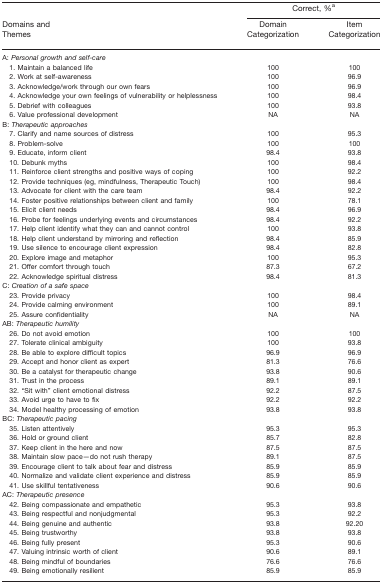
<table><thead><tr><td></td><td colspan="2"><b>Correct, %a</b></td></tr><tr><td><b>Domains and Themes</b></td><td><b>Domain Categorization</b></td><td><b>Item Categorization</b></td></tr></thead><tbody><tr><td>A: <i>Personal growth and self-care</i></td><td></td><td></td></tr><tr><td> 1. Maintain a balanced life</td><td>100</td><td>100</td></tr><tr><td> 2. Work at self-awareness</td><td>100</td><td>96.9</td></tr><tr><td> 3. Acknowledge/work through our own fears</td><td>100</td><td>96.9</td></tr><tr><td> 4. Acknowledge your own feelings of vulnerability or helplessness</td><td>100</td><td>98.4</td></tr><tr><td> 5. Debrief with colleagues</td><td>100</td><td>93.8</td></tr><tr><td> 6. Value professional development</td><td>NA</td><td>NA</td></tr><tr><td>B: <i>Therapeutic approaches</i></td><td></td><td></td></tr><tr><td> 7. Clarify and name sources of distress</td><td>100</td><td>95.3</td></tr><tr><td> 8. Problem-solve</td><td>100</td><td>100</td></tr><tr><td> 9. Educate, inform client</td><td>98.4</td><td>93.8</td></tr><tr><td> 10. Debunk myths</td><td>100</td><td>98.4</td></tr><tr><td> 11. Reinforce client strengths and positive ways of coping</td><td>100</td><td>92.2</td></tr><tr><td> 12. Provide techniques (eg, mindfulness, Therapeutic Touch)</td><td>100</td><td>98.4</td></tr><tr><td> 13. Advocate for client with the care team</td><td>98.4</td><td>92.2</td></tr><tr><td> 14. Foster positive relationships between client and family</td><td>100</td><td>78.1</td></tr><tr><td> 15. Elicit client needs</td><td>98.4</td><td>96.9</td></tr><tr><td> 16. Probe for feelings underlying events and circumstances</td><td>98.4</td><td>92.2</td></tr><tr><td> 17. Help client identify what they can and cannot control</td><td>100</td><td>93.8</td></tr><tr><td> 18. Help client understand by mirroring and reflection</td><td>98.4</td><td>85.9</td></tr><tr><td> 19. Use silence to encourage client expression</td><td>98.4</td><td>82.8</td></tr><tr><td> 20. Explore image and metaphor</td><td>100</td><td>95.3</td></tr><tr><td> 21. Offer comfort through touch</td><td>87.3</td><td>67.2</td></tr><tr><td> 22. Acknowledge spiritual distress</td><td>98.4</td><td>81.3</td></tr><tr><td>C: <i>Creation of a safe space</i></td><td></td><td></td></tr><tr><td> 23. Provide privacy</td><td>100</td><td>98.4</td></tr><tr><td> 24. Provide calming environment</td><td>100</td><td>89.1</td></tr><tr><td> 25. Assure confidentiality</td><td>NA</td><td>NA</td></tr><tr><td>AB: <i>Therapeutic humility</i></td><td></td><td></td></tr><tr><td> 26. Do not avoid emotion</td><td>100</td><td>100</td></tr><tr><td> 27. Tolerate clinical ambiguity</td><td>100</td><td>93.8</td></tr><tr><td> 28. Be able to explore difficult topics</td><td>96.9</td><td>96.9</td></tr><tr><td> 29. Accept and honor client as expert</td><td>81.3</td><td>76.6</td></tr><tr><td> 30. Be a catalyst for therapeutic change</td><td>93.8</td><td>90.6</td></tr><tr><td> 31. Trust in the process</td><td>89.1</td><td>89.1</td></tr><tr><td> 32. “Sit with” client emotional distress</td><td>92.2</td><td>87.5</td></tr><tr><td> 33. Avoid urge to have to fix</td><td>92.2</td><td>92.2</td></tr><tr><td> 34. Model healthy processing of emotion</td><td>93.8</td><td>93.8</td></tr><tr><td>BC: <i>Therapeutic pacing</i></td><td></td><td></td></tr><tr><td> 35. Listen attentively</td><td>95.3</td><td>95.3</td></tr><tr><td> 36. Hold or ground client</td><td>85.7</td><td>82.8</td></tr><tr><td> 37. Keep client in the here and now</td><td>87.5</td><td>87.5</td></tr><tr><td> 38. Maintain slow pace—do not rush therapy</td><td>89.1</td><td>87.5</td></tr><tr><td> 39. Encourage client to talk about fear and distress</td><td>85.9</td><td>85.9</td></tr><tr><td> 40. Normalize and validate client experience and distress</td><td>85.9</td><td>85.9</td></tr><tr><td> 41. Use skillful tentativeness</td><td>90.6</td><td>90.6</td></tr><tr><td>AC: <i>Therapeutic presence</i></td><td></td><td></td></tr><tr><td> 42. Being compassionate and empathetic</td><td>95.3</td><td>93.8</td></tr><tr><td> 43. Being respectful and nonjudgmental</td><td>95.3</td><td>92.2</td></tr><tr><td> 44. Being genuine and authentic</td><td>93.8</td><td>92.20</td></tr><tr><td> 45. Being trustworthy</td><td>93.8</td><td>93.8</td></tr><tr><td> 46. Being fully present</td><td>95.3</td><td>90.6</td></tr><tr><td> 47. Valuing intrinsic worth of client</td><td>90.6</td><td>89.1</td></tr><tr><td> 48. Being mindful of boundaries</td><td>76.6</td><td>76.6</td></tr><tr><td> 49. Being emotionally resilient</td><td>85.9</td><td>85.9</td></tr></tbody></table>